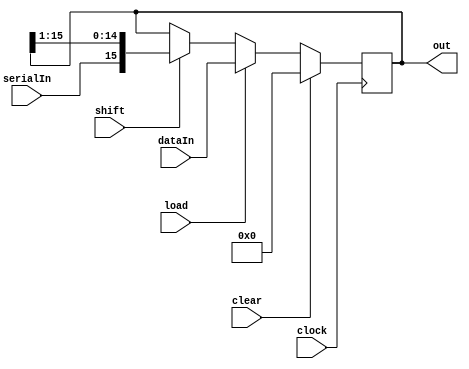
//MODELLING BOOTH'S MULTIPLICATION ALGORITHM

//SHIFT REGISTER WITH LOAD
module SHIFT_REGISTER (out, dataIn, load, shift, clear, clock, serialIn);
    //16 BIT REGISTER
    parameter N = 16;

    input [N - 1: 0] dataIn;
    input load, shift, clear, clock, serialIn;
    output reg [N - 1: 0] out;

    always @ (posedge clock)
    begin
        if (clear) out <= 16'b0;
        else if (load) out <= dataIn;
        else if (shift) out <= {serialIn, out[N - 1: 1]};
    end
endmodule

//D FLIP FLOP FOR STORING Q-1
module D_FLIP_FLOP (D, Q, clear, clock);
    input D, clear, clock;
    output reg Q;

    always @ (posedge clock)
    begin
        if (clear) Q <= 1'b0;
        else Q <= D;
    end
endmodule

//ALU FOR ADDING OR SUBTRACTING A & M
module ALU (control, out, in1, in2);
    parameter N = 16;
    input [N - 1: 0] in1, in2;
    output reg [N - 1: 0] out;
    input control;

    always @ (*)
    begin
        if (control) out <= in1 - in2;
        else out <= in1 + in2;
    end
endmodule

//COUNTER FOR STORING COUNT OF ITERATIONS REMAINING [DOWN COUNTER]
module DOWN_COUNTER (counterOut, decr, load, clock);
    //16 TO 0; 4 BITS
    parameter N = 4;

    input decr, load, clock;
    output reg [N: 0] counterOut;

    always @ (posedge clock)
    begin
        if (load) counterOut <= 16;
        else if (decr) counterOut <= counterOut - 1;
    end
endmodule

module REGISTER(regOut, dataIn, clock, load);
    parameter N  = 16;

    input [N - 1: 0] dataIn;
    input clock, load;
    output reg [N - 1: 0] regOut;

    always @ (posedge clock)
    begin
        if (load) regOut <= dataIn;
    end
endmodule

//COMPARE OUTPUT OF COUNTER TO 0
module COMPARATOR (out, in);
    output out;
    input [4: 0] in;

    assign out = (in == 0);
endmodule

module DATAPATH(Qm1, Q0, countEqZero, dataInM, dataInB, loadA, loadB, loadM, loadCount, decrCount,
clearA, clearQm1, ALUControl, shift, clock);

    parameter N = 16;
    input clock, loadA, loadB, loadM, loadCount, shift, decrCount, clearA, clearQm1, ALUControl;
    input [N - 1: 0] dataInB, dataInM;
    wire [N - 1: 0] regOutA, regOutB, regOutM, ALUOut;
    wire [4: 0] counterOut;
    output Qm1, Q0, countEqZero;

    assign Q0 = regOutB[0];

    //STORE A
    // SHIFT_REGISTER (out, dataIn, load, shift, clear, clock, serialIn);
    SHIFT_REGISTER REGA(regOutA, ALUOut, loadA, shift, clearA, clock, regOutA[15]);

    //STORE B
    SHIFT_REGISTER REGB(regOutB, dataInB, loadB, shift, 1'b0, clock, regOutA[0]);

    //STORE M
    REGISTER REGM(regOutM, dataInM, clock, loadM);

    //STORE Q-1
    D_FLIP_FLOP QM1(regOutB[0], Qm1, clearQm1, clock);

    //STORE THE COUNT OF BITS
    DOWN_COUNTER counter(counterOut, decrCount, loadCount, clock);

    //FIND IF COUNT IS EQUAL TO ZERO
    COMPARATOR compare (countEqZero, counterOut);

    //FIND VALUE TO LOAD INTO A
    ALU alu(ALUControl, ALUOut, regOutA, regOutM);


endmodule


//CONTROLLER FOR BOOTH MULTIPLICATION
module CONTROLLER (start, done, Qm1, Q0, countEqZero, loadA, loadB, loadM, loadCount, decrCount,
    clearA, clearQm1, ALUControl, shift, clock);

    input start, Qm1, Q0, countEqZero, clock;
    output reg loadA, loadB, loadM, loadCount;
    output reg decrCount, clearA, clearQm1, ALUControl, shift, done;

    //REGISTER TO HOLD STATE
    reg [2: 0] state;

    //PARAMETERS FOR STATE
    parameter S0  =3'b000, S1 = 3'b001, S2 = 3'b010, S3 = 3'b011, S4 = 3'b100, S5 = 3'b101, S6 = 3'b110;

    //PARAMETERS FOR ALU CONTROL
    parameter ADD = 1'b0, SUBTRACT = 1'b1;

    //ALWAYS BLOCK FOR STATE CHANGE
    always @ (posedge clock)
    begin
        case (state)
        S0: state <= start ? S1: S0;
        S1: state <= S2;
        S2: begin
            case({Q0, Qm1})
                2'b00, 2'b11: state <= S5;
                2'b01: state <= S3;
                2'b10: state <= S4;
            endcase
        end
        S3: state <= S5;
        S4: state <= S5;
        S5: begin
            if (countEqZero) state <= S6;
            else begin
                case({Q0, Qm1})
                2'b00, 2'b11: state <= S5;
                2'b01: state <= S3;
                2'b10: state <= S4;
                endcase
            end
        end
        S6: state <= S6;
        default: state <= S0;
        endcase
    end

    //ALWAYS BLOCK FOR CONTROL SIGNALS
    always @ (state)
    begin
        case(state)
        S0: begin
            done = 1'b0;
            loadA = 1'b0;
            loadB = 1'b0; loadM = 1'b0; loadCount = 1'b0;
            decrCount = 1'b0; clearA = 1'b0; shift = 1'b0;
        end
        S1: begin
            done = 1'b0;
            loadA = 1'b0;
            loadB = 1'b1;
            loadM = 1'b1;
            loadCount = 1'b1;
            decrCount = 1'b0;
            clearA = 1'b1;
            clearQm1 = 1'b1;
            shift = 1'b0;
        end
        S2: begin
            done = 1'b0;
            loadA = 1'b0;
            loadB = 1'b0;
            loadM = 1'b0;
            loadCount = 1'b0;
            decrCount = 1'b0; clearA = 1'b0; shift = 1'b0;
        end
        S3: begin
            done = 1'b0;
            loadA = 1'b1;
            loadB = 1'b0;
            loadM = 1'b0;
            loadCount = 1'b0;
            decrCount = 1'b0;
            clearA = 1'b0;
            shift = 1'b0;
            ALUControl = ADD;
        end
        S4: begin
            done = 1'b0;
            loadA = 1'b1;
            loadB = 1'b0; loadM = 1'b0; loadCount = 1'b0;
            decrCount = 1'b0; clearA = 1'b0; shift = 1'b0;
            ALUControl = SUBTRACT;
        end
        S5: begin
            done = 1'b0;
            loadA = 1'b0;
            loadB = 1'b0; loadM = 1'b0; loadCount = 1'b0;
            decrCount = 1'b1; clearA = 1'b0; shift = 1'b1;
        end
        S6: begin
            done = 1'b1;
            loadA = 1'b0;
            loadB = 1'b0; loadM = 1'b0; loadCount = 1'b0;
            decrCount = 1'b0; clearA = 1'b0; shift = 1'b0;
        end
        endcase
    end
endmodule

//TESTBENCH FOR BOOTH MULTIPLICATION
module TESTBENCH;
    parameter N = 16;
    reg [N - 1: 0] dataInB, dataInM;
    reg clock, start;
    wire done, Qm1, Q0, countEqZero, loadA, loadB, loadM, loadCount, decrCount;
    wire clearA, clearQm1, ALUControl, shift;

    DATAPATH DP(Qm1, Q0, countEqZero, dataInM, dataInB, loadA, loadB, loadM, loadCount, decrCount,
clearA, clearQm1, ALUControl, shift, clock);

    CONTROLLER CP(start, done, Qm1, Q0, countEqZero, loadA, loadB, loadM, loadCount, decrCount,
    clearA, clearQm1, ALUControl, shift, clock);


    initial begin
        clock = 1'b0;
        start = 1'b1;
    end

    always #5 clock  = ~clock;

    initial begin
        $monitor ($time, " ALUControl = %b LOADA = %b LOADB = %b START = %b, DONE = %b, STATE = %b, COUNTER = %b, A = %b, Q = %b, M = %b\n", DP.ALUControl, DP.loadA, DP.loadB, start, done, CP.state, DP.counterOut, DP.regOutA, DP.regOutB, DP.regOutM);
        #12 dataInB = 16'hABCD; dataInM = 16'h1234;
        #1000 $finish;
    end
endmodule